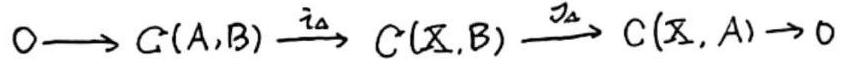
\[
0 \longrightarrow C(A,B) \stackrel{i_A}{\longrightarrow} C(\mathbb{X},B) \stackrel{\partial_A}{\longrightarrow} C(\mathbb{X},A) \longrightarrow 0
\]